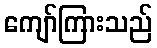
ကျော်ကြားသည်